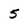
Character: 5